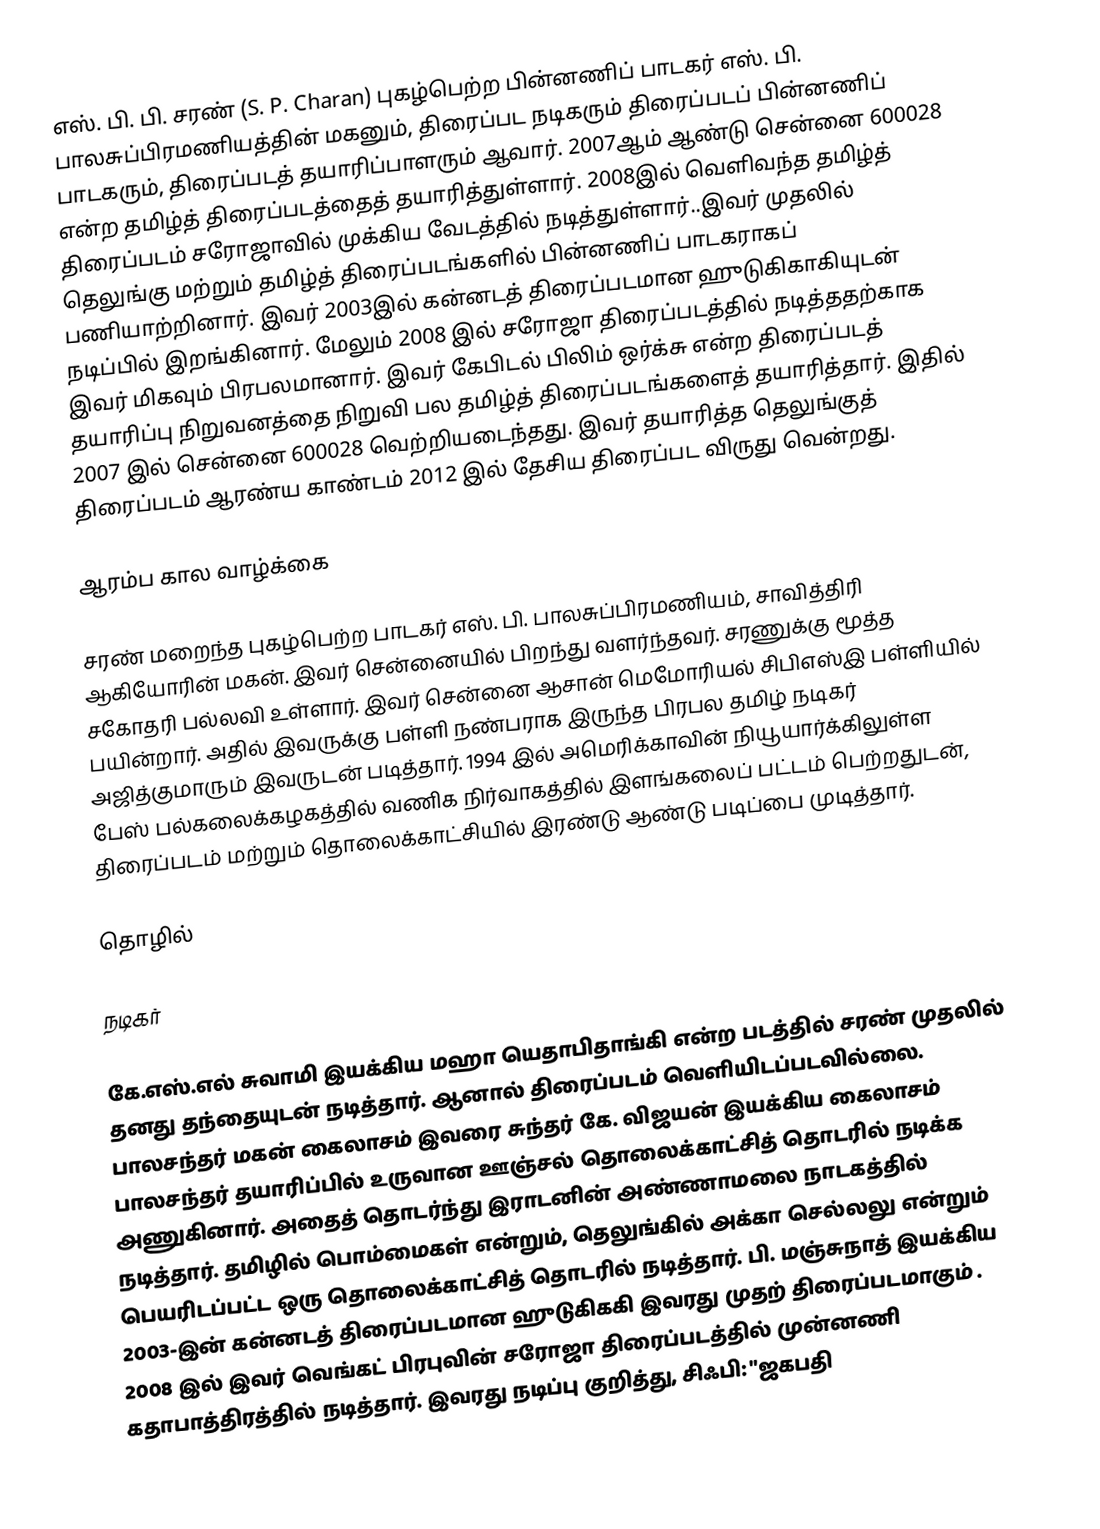
எஸ். பி. பி. சரண் (S. P. Charan) புகழ்பெற்ற பின்னணிப் பாடகர் எஸ். பி. பாலசுப்பிரமணியத்தின் மகனும், திரைப்பட நடிகரும் திரைப்படப் பின்னணிப் பாடகரும், திரைப்படத் தயாரிப்பாளரும் ஆவார். 2007ஆம் ஆண்டு சென்னை 600028 என்ற தமிழ்த் திரைப்படத்தைத் தயாரித்துள்ளார். 2008இல் வெளிவந்த தமிழ்த் திரைப்படம் சரோஜாவில் முக்கிய வேடத்தில் நடித்துள்ளார்..இவர் முதலில் தெலுங்கு மற்றும் தமிழ்த் திரைப்படங்களில் பின்னணிப் பாடகராகப் பணியாற்றினார். இவர் 2003இல் கன்னடத் திரைப்படமான ஹுடுகிகாகியுடன் நடிப்பில் இறங்கினார். மேலும் 2008 இல் சரோஜா திரைப்படத்தில் நடித்ததற்காக இவர் மிகவும் பிரபலமானார். இவர் கேபிடல் பிலிம் ஒர்க்சு என்ற திரைப்படத் தயாரிப்பு நிறுவனத்தை நிறுவி பல தமிழ்த் திரைப்படங்களைத் தயாரித்தார். இதில் 2007 இல் சென்னை 600028 வெற்றியடைந்தது. இவர் தயாரித்த தெலுங்குத் திரைப்படம் ஆரண்ய காண்டம் 2012 இல் தேசிய திரைப்பட விருது  வென்றது.

ஆரம்ப கால வாழ்க்கை

சரண் மறைந்த புகழ்பெற்ற பாடகர் எஸ். பி. பாலசுப்பிரமணியம், சாவித்திரி ஆகியோரின் மகன். இவர் சென்னையில் பிறந்து வளர்ந்தவர். சரணுக்கு மூத்த சகோதரி பல்லவி உள்ளார். இவர் சென்னை ஆசான் மெமோரியல் சிபிஎஸ்இ பள்ளியில் பயின்றார். அதில் இவருக்கு பள்ளி நண்பராக இருந்த பிரபல தமிழ் நடிகர் அஜித்குமாரும் இவருடன் படித்தார். 1994 இல் அமெரிக்காவின் நியூயார்க்கிலுள்ள பேஸ் பல்கலைக்கழகத்தில் வணிக நிர்வாகத்தில் இளங்கலைப் பட்டம் பெற்றதுடன், திரைப்படம் மற்றும் தொலைக்காட்சியில் இரண்டு ஆண்டு படிப்பை முடித்தார்.

தொழில்

நடிகர்

கே.எஸ்.எல் சுவாமி இயக்கிய மஹா யெதாபிதாங்கி என்ற படத்தில் சரண் முதலில் தனது தந்தையுடன் நடித்தார். ஆனால் திரைப்படம் வெளியிடப்படவில்லை. பாலசந்தர் மகன் கைலாசம் இவரை சுந்தர் கே. விஜயன் இயக்கிய கைலாசம் பாலசந்தர் தயாரிப்பில் உருவான ஊஞ்சல் தொலைக்காட்சித் தொடரில் நடிக்க அணுகினார்.  அதைத் தொடர்ந்து இராடனின் அண்ணாமலை நாடகத்தில் நடித்தார். தமிழில் பொம்மைகள் என்றும், தெலுங்கில் அக்கா செல்லலு என்றும் பெயரிடப்பட்ட ஒரு தொலைக்காட்சித் தொடரில் நடித்தார்.  பி. மஞ்சுநாத் இயக்கிய 2003-இன் கன்னடத் திரைப்படமான ஹுடுகிககி இவரது முதற் திரைப்படமாகும் . 2008 இல் இவர் வெங்கட் பிரபுவின் சரோஜா திரைப்படத்தில் முன்னணி கதாபாத்திரத்தில் நடித்தார். இவரது நடிப்பு குறித்து, சிஃபி: "ஜகபதி